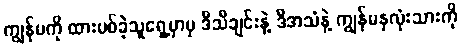
ကျွန်မကို ထားပစ်ခဲ့သူရှေ့မှာမှ ဒီသီချင်းနဲ့ ဒီအသံနဲ့ ကျွန်မနှလုံးသားကို